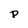
Character: P